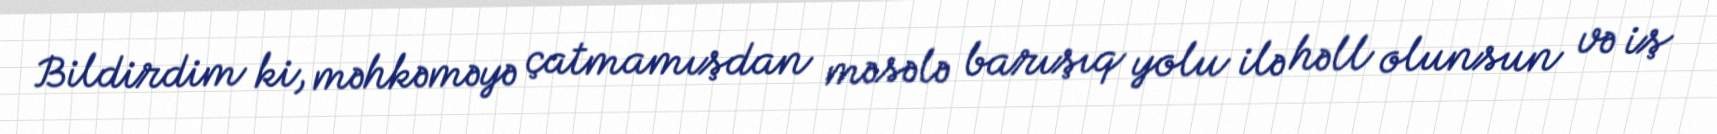
Bildirdim ki, məhkəməyə çatmamışdan məsələ barışıq yolu ilə həll olunsun və iş